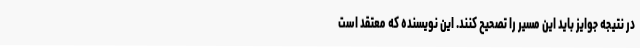
در نتیجه جوایز باید این مسیر را تصحیح کنند. این نویسنده که معتقد است